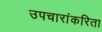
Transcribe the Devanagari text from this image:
उपचारांकरिता